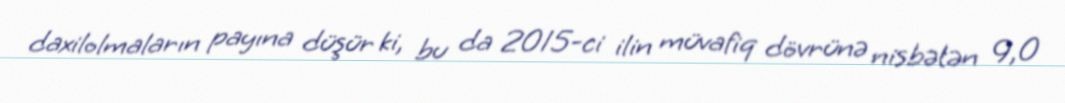
daxilolmaların payına düşür ki, bu da 2015-ci ilin müvafiq dövrünə nisbətən 9,0